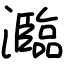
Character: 瀶